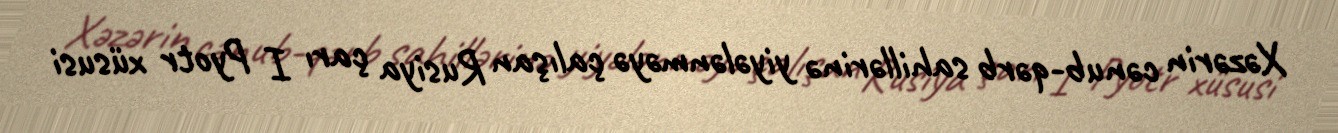
Xəzərin cənub-qərb sahillərinə yiyələnməyə çalışan Rusiya çarı I Pyotr xüsusi